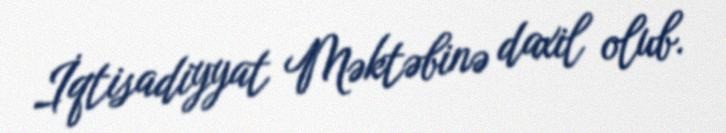
İqtisadiyyat Məktəbinə daxil olub.